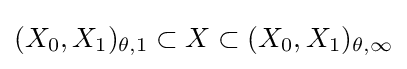
(X_{0},X_{1})_{\theta ,1}\subset X\subset (X_{0},X_{1})_{\theta ,\infty }